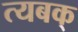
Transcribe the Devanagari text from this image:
त्यबक्